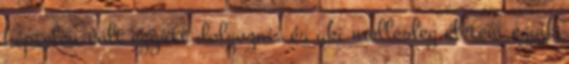
képtelen volt együtt dolgozni, és aki mellesleg életem egyik